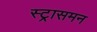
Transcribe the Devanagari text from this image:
स्ट्रासमन